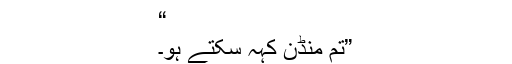
“
”تم مُنڈن کہہ سکتے ہو۔